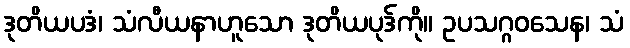
ဒုတိယပဒံ၊ သံလီယနာဟူသော ဒုတိယပုဒ်ကို။ ဥပသဂ္ဂဝသေန၊ သံ